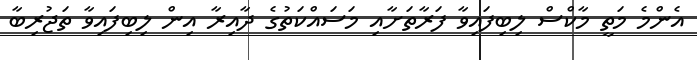
އެންމެ މަތީ މާކްސް ލިބިފައިވާ ފަރާތަށާއި މަސައްކަތުގެ ދާއިރާ އިން ލިބިފައިވާ ތަޖުރިބާ